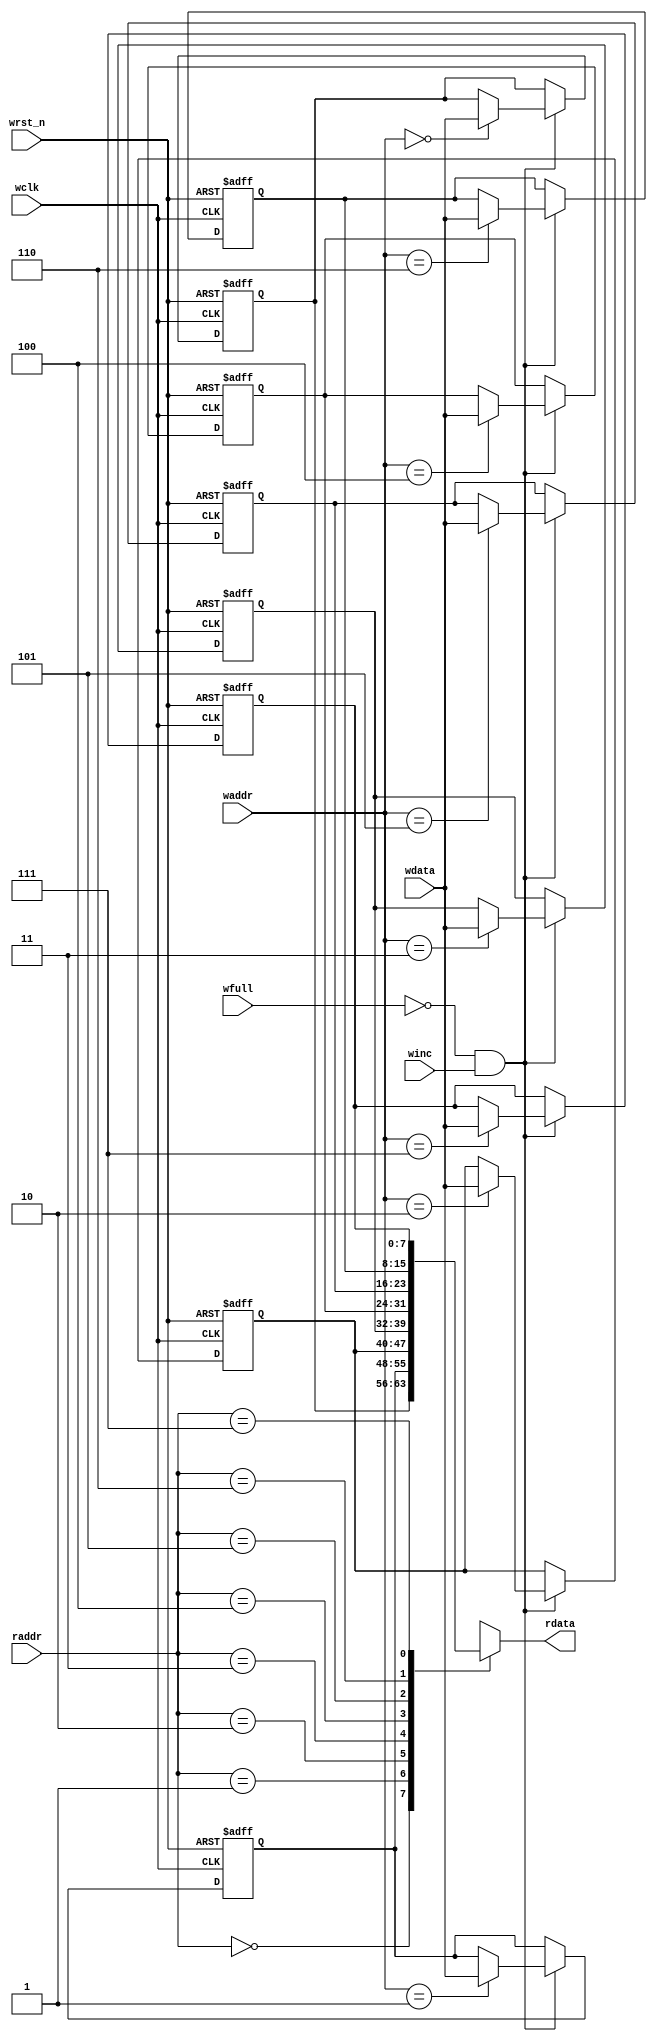
module FIFO_mem #(parameter Data_Width = 8, DEPTH = 8, POI_SIZE = 4 )
(
input 	wire     	            wclk		 ,
input 	wire 		               wrst_n	,
input 	wire 		               winc	  ,
input 	wire 		               wfull	 ,
input 	wire [Data_Width-1:0] wdata		, 
input 	wire [POI_SIZE-2  :0] waddr	 ,
input 	wire [POI_SIZE-2  :0] raddr	 ,
output  wire [Data_Width-1:0] rdata

);

integer I ; 
  
reg [Data_Width-1:0] MEM [DEPTH-1:0] ; 

always@(posedge wclk or negedge wrst_n)
 begin
  if(!wrst_n)
    begin

      for (I=0 ; I < DEPTH ; I = I +1)
        begin
	 MEM[I] <= {Data_Width{1'b0}} ;
	end
    end
  else if(!wfull && winc)
   begin
     MEM[waddr] <= wdata ;
   end

 end

assign rdata = MEM[raddr] ;

endmodule